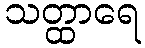
သတ္ထာရေ